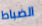
الضباط